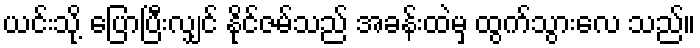
ယင်းသို့ ပြောပြီးလျှင် နိုင်ဇမ်သည် အခန်းထဲမှ ထွက်သွားလေ သည်။